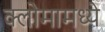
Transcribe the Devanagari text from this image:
क्लोमामध्ये